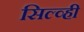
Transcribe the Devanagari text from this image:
सिल्व्ही